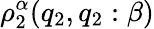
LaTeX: \rho_{2}^{\alpha}(q_{2},q_{2}:\beta)